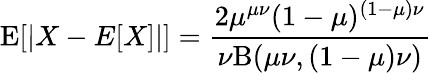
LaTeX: \operatorname{E}[|X-E[X]|]={\frac{2\mu^{\mu\nu}(1-\mu)^{(1-\mu)\nu}}{\nu\mathrm{B}(\mu\nu,(1-\mu)\nu)}}